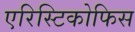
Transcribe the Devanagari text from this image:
एरिस्टिकोफिस